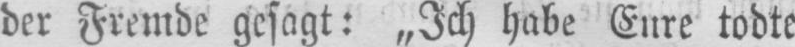
der Fremde gesagt: „Ich habe Eure todte